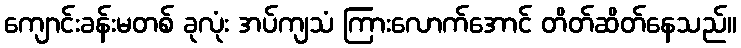
ကျောင်းခန်းမတစ် ခုလုံး အပ်ကျသံ ကြားလောက်အောင် တိတ်ဆိတ်နေသည်။